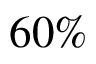
6 0 \%